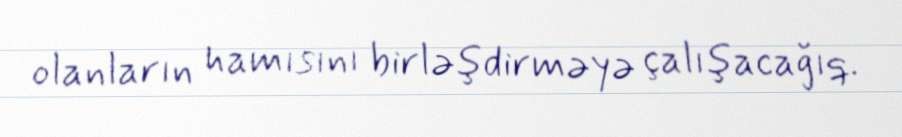
olanların hamısını birləşdirməyə çalışacağıq.